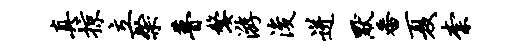
真掠立粲瞢嫠游浚迸默番夏柰